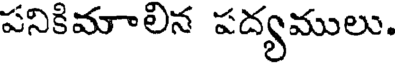
పనికిమాలిన పద్యములు.